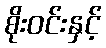
စိုးဝင်းနှင့်